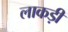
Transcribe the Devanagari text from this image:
लाकड़ी